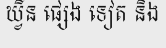
ឃ្វីន ផ្សេង ទៀត និង